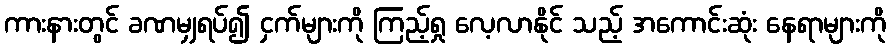
ကားနားတွင် ခဏမျှရပ်၍ ငှက်များကို ကြည့်ရှု လေ့လာနိုင် သည့် အကောင်းဆုံး နေရာများကို